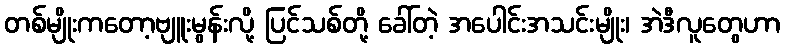
တစ်မျိုးကတော့ဗျူးမွန်းလို့ ပြင်သစ်တို့ ခေါ်တဲ့ အပေါင်းအသင်းမျိုး၊ အဲဒီလူတွေဟာ